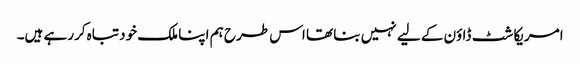
امریکا شٹ ڈاؤن کے لیے نہیں بنا تھا اس طرح ہم اپنا ملک خود تباہ کررہے ہیں۔